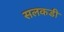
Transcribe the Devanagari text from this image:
सलकडी